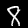
Label: 8